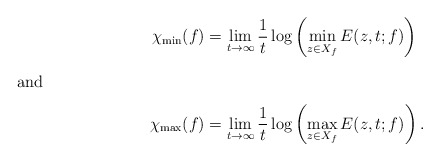
\begin{align*}\chi_{\min}(f)&=\lim_{t\to\infty}\frac{1}{t}\log\left(\min_{z\in X_{f}}E(z,t;f)\right)\intertext{and}\chi_{\max}(f)&=\lim_{t\to\infty}\frac{1}{t}\log\left(\max_{z\in X_{f}}E(z,t;f)\right).\end{align*}